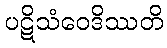
ပဋိသံဝေဒိဿတိ